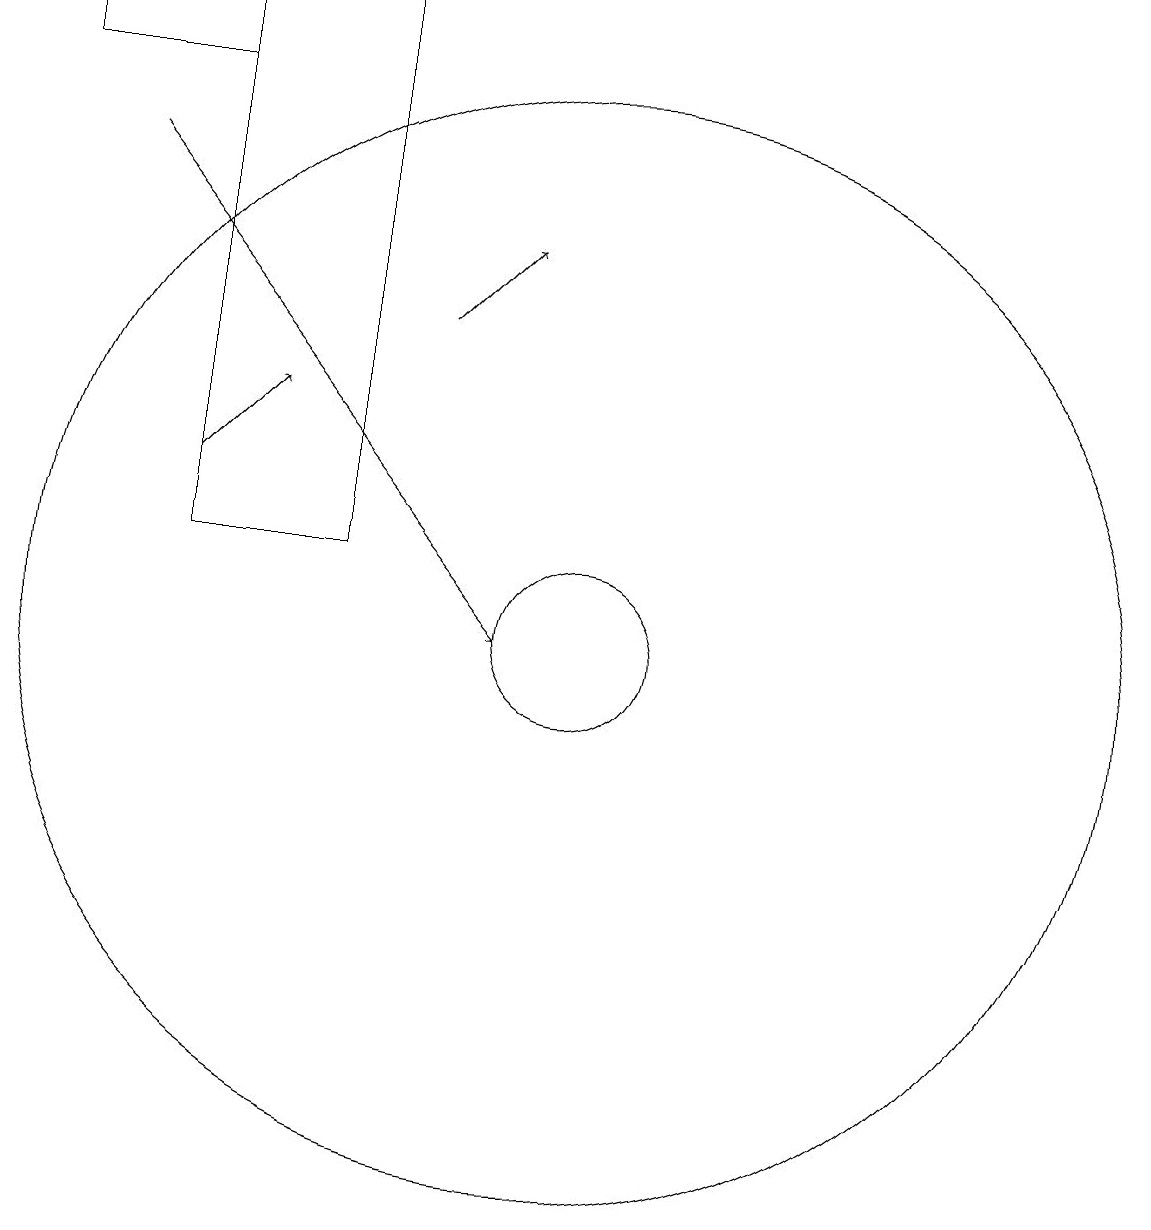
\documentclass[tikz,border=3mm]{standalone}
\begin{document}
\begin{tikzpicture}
\draw (5,18) rectangle (7,11);
\draw (5,18) rectangle (3,17);
\draw (10,10) circle (7);
\draw[->] (5,12) -- (6,13);
\draw[->] (4,16) -- (9,10);
\draw[->] (8,14) -- (9,15);
\draw (10,10) circle (1);
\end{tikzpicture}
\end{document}